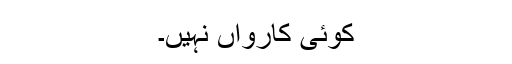
کوئی کارواں نہیں۔